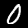
Digit: 0